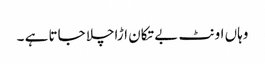
وہاں اونٹ بے تکان اڑاچلا جاتا ہے ۔